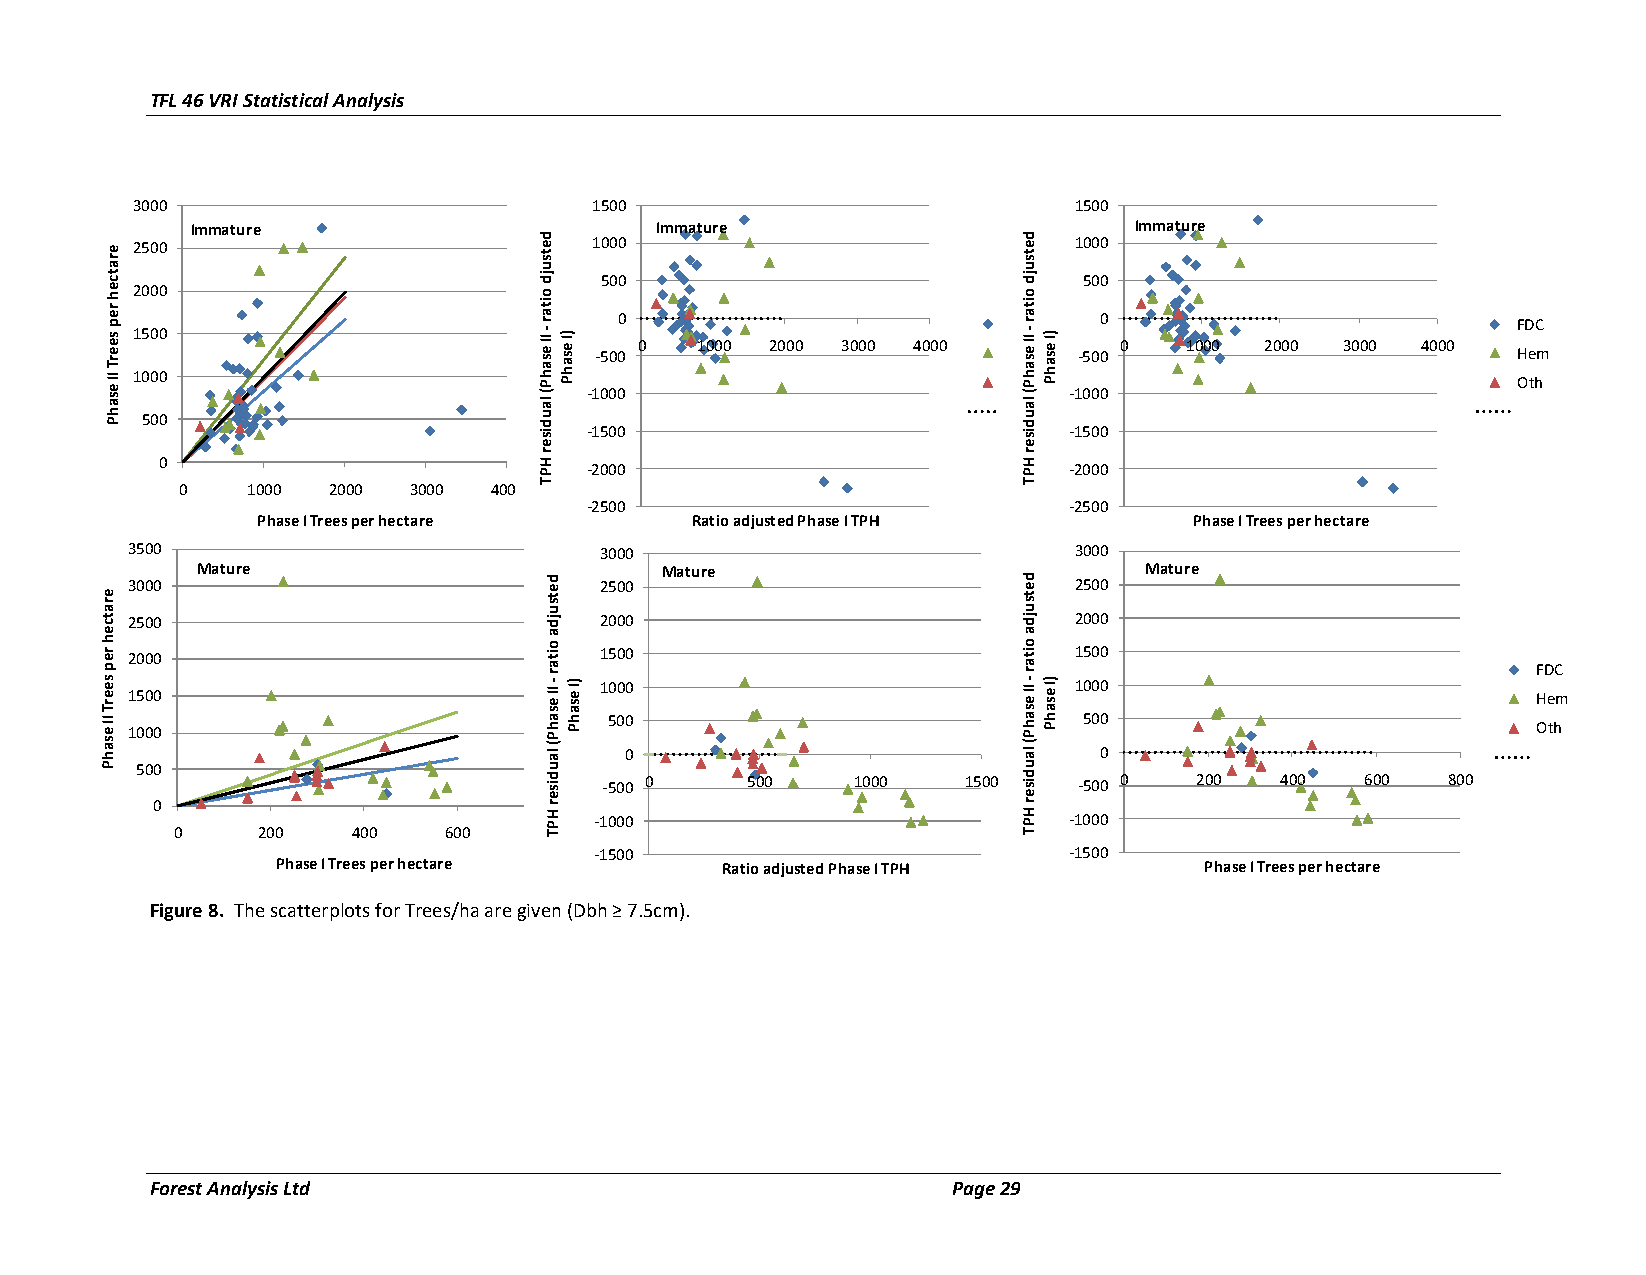
TFL 46 VRI Statistical Analysis
 3000                          1500                            1500
 Immature                      Immature                        Immature
 2500                          1000                            1000
 FDC500                            500
 2000
 FDC
 0                         FDC   0                          FDC
 1500                         Hem 0   1000 2000 3000 4000         0    1000 2000 3000 4000 -500 Hem -500 Hem
 Hem
 1000                                                      Oth                              Oth
 O-t1h000                         -1000
 Subtotal
 500                          O-t1h500                         -1500
 Subtotal
 0                           -2000                           -2000
 0   1000  2000 3000 4000
 -2500                           -2500
 Phase I Trees per hectare    Ratio adjusted Phase I TPH       Phase I Trees per hectare
 3500                            3000                           3000
 Mature                         Mature                          Mature
 3000                            2500                           2500
 2500                            20F0D0C                        2000
 2000                            15F0D0C                        1500
 FDC                             FDC
 10H00em                        1000 1500 Hem                  Hem
 Hem
 500                             500 1000 Oth                  Oth
 Oth
 0                               0
 500                             Oth
 -500 0   500     1000   1500   -500 0  200   400  600   800
 0
 -1000                           -1000
 0     200   400   600    800
 -1500                           -1500
 Phase I Trees per hectare     Ratio adjusted Phase I TPH      Phase I Trees per hectare
 Figure 8. The scatterplots for Trees/ha are given (Dbh ≥ 7.5cm).
 Forest Analysis Ltd                                  Page 29
 eratceh
 rep
 seerT
 II
 esahP
 eratceh
 rep
 seerT
 II esahP
 detsujd
 oitar-
 II esahP(
 laudiser
 HPT
 detsujda
 oitar-
 II esahP(
 laudiser
 HPT
 )I esahP
 )I esahP
 detsujd
 oitar-
 II esahP(
 laudiser
 HPT
 detsujda
 oitar-
 II esahP(
 laudiser
 HPT
 )I esahP
 )I esahP